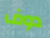
دوف